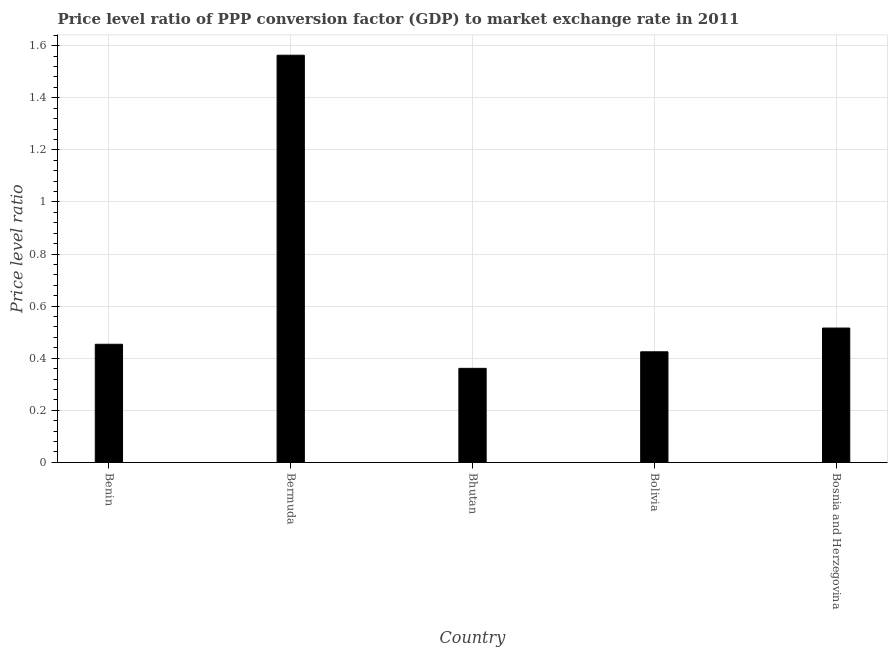
| Country | Price level ratio |
 | --- | --- |
 | Benin | 0.454 |
 | Bermuda | 1.56 |
 | Bhutan | 0.361 |
 | Bolivia | 0.425 |
 | Bosnia and Herzegovina | 0.516 |